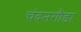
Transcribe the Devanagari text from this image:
चंदनगौडा